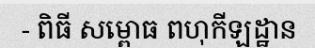
- ពិធី សម្ពោធ ពហុកីឡដ្ឋាន